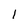
Character: 1